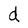
Character: d